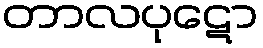
တာလပုဋော